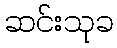
ဆင်းသုခ